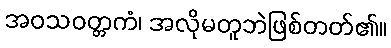
အဝသဝတ္တကံ၊ အလိုမတူဘဲဖြစ်တတ်၏။